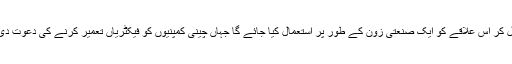
چین سے مل کر اس علاقے کو ایک صنعتی زون کے طور پر استعمال کیا جائے گا جہاں چینی کمپنیوں کو فیکٹریاں تعمیر کرنے کی دعوت دی جائے گی۔